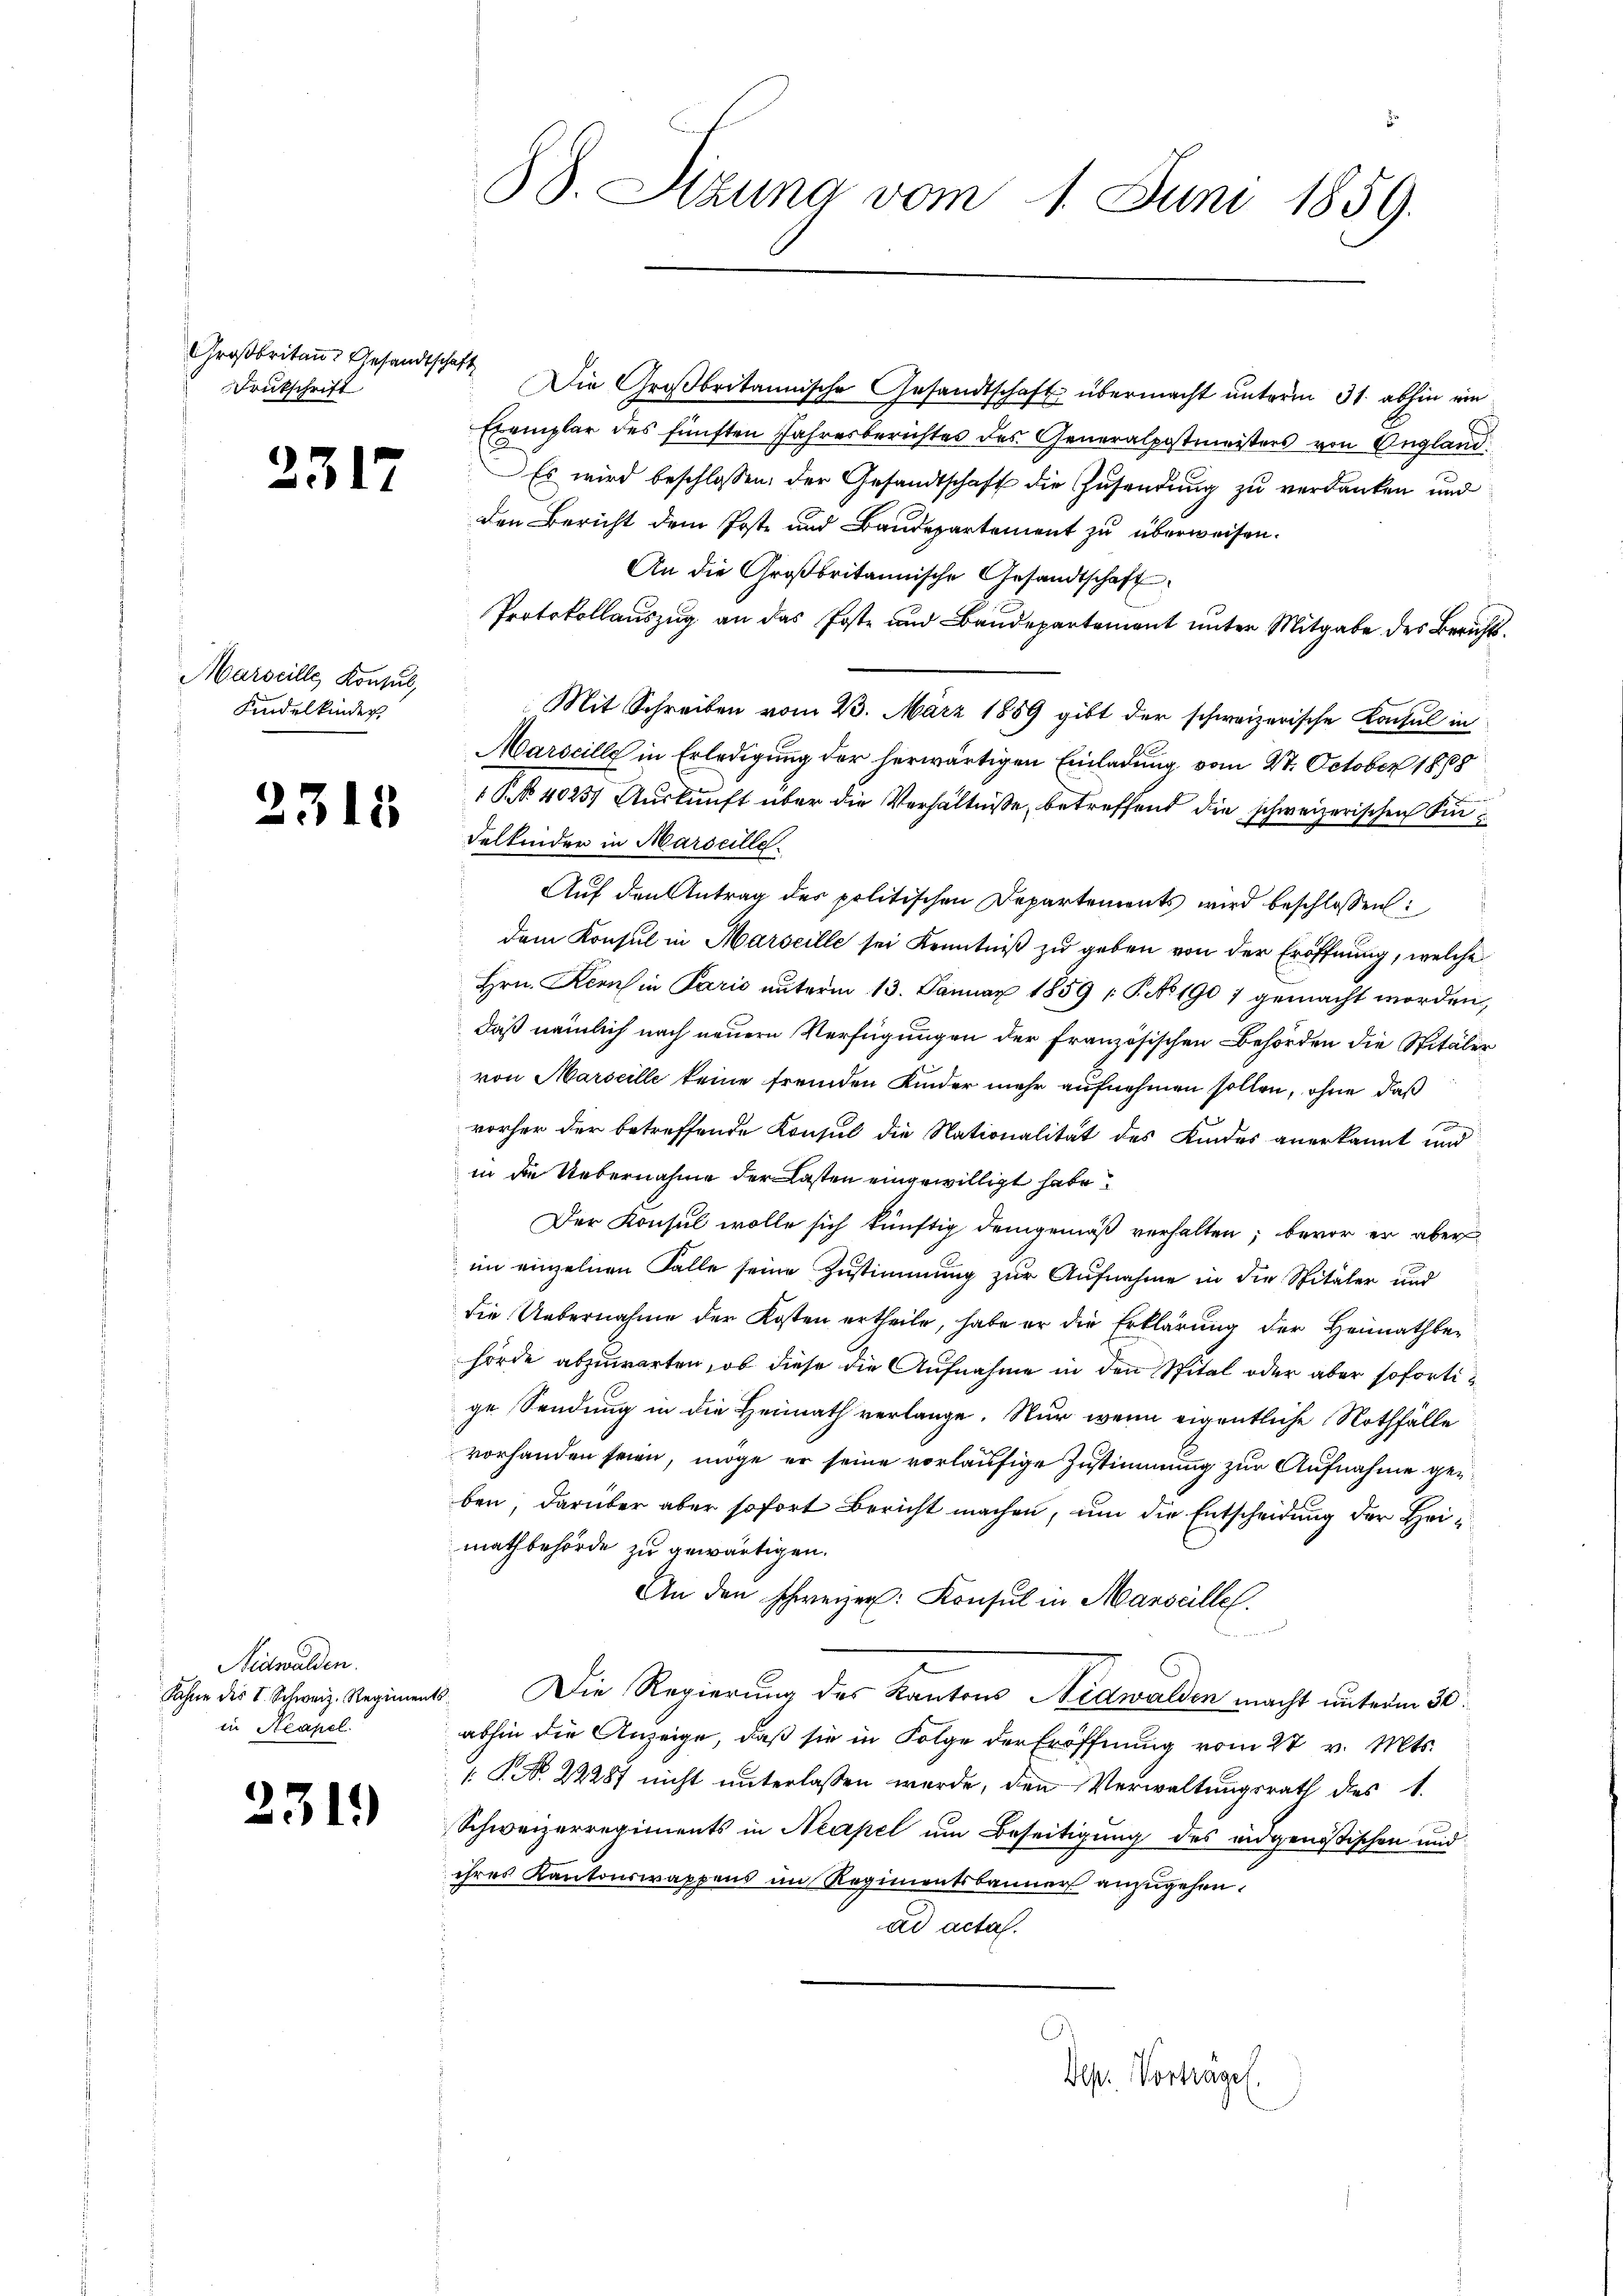
Großbritan. Gesandtschaft
Drukschrift

2317

Marseille, Konsul,
Kindelkinder

2315

Nidwalden.
Sahne des I. Schweiz. Regiments
in Steapel.

231.

1
38. Sizung vom 1. Juni 1859.

Die Großbritannische Gesandtschaft übermacht unterm 31. abhin ein
Exemplar des fünften Jahresberichtes des Generalpostmeisters von Angland
Es wird beschlossen: der Gesandtschaft die Zusendung zu verdanken und
den Bericht dem Poste und Baudepartement zu überweisen.
An die Großbritannische Gesandtschaft
Protokollauszug an das Poste und Baudepartement unter Mitgabe des Bericht¬
Mit Schreiben vom 23. März 1889 gibt der schweizerische Konsul in
Marseilles in Erledigung der herwärtigen Einladung vom 27. October 1888
NNo. 40251 Auskunft über die Verhältnisse, betreffend die schweizerischen Kindelkinden in Marseille
Auf den Antrag des politischen Departements wird beschlossen:
dem Konsul in Marseille sei Kenntniß zu geben von der Eröffnung, welche
Hrn. Kern in Paris unterm 13. Januar 1859 P. No 1907 gemacht worden,
daß nämlich nach neuern Verfügungen der französischen Behörden die Spitäler
von Marseille keine fremden Kinder mehr aufnehmen sollen, ohne daß
e
vorher der betreffende Konsul die Nationalität des Kindes anerkannt und
in die Uebernahme der Lasten eingewilligt habe
Der Konsul wolle sich künftig demgemäß verhalten, bevor er aber
im einzelnen Falle seine Zustimmung zur Aufnahme in die Spitäler und
die Uebernahme der Kosten ertheile, habe er die Erklärung der Heimathbehörde abzuwarten, ob diese die Aufnahme in den Spital oder aber sofortige Sendung in die Heimath verlange. Nur wenn eigentliche Nothfälle
vorhanden seien, möge er seine vorläufige Zustimmung zur Aufnahme geben, darüber aber sofort Bericht machen, um die Entscheidung der Heimathbehörde zu gewärtigen.
An den schweizer: Konsul in Marseilles.
3. Die Regierung des Kantons Nidwalden macht unterm 20.
abhin die Anzeige, daß sie in Folge der Eröffnung vom 27. v. Mts.
 P. Nr. 22287 nicht unterlassen werde, den Verwaltungsrath des 1.
Schweizerregiments in Neapel um Beseitigung des eidgenössischen und
ihres Kantonswappens im Regimentsbanner anzugehen.
ad acta.
Dep. Vortrages.